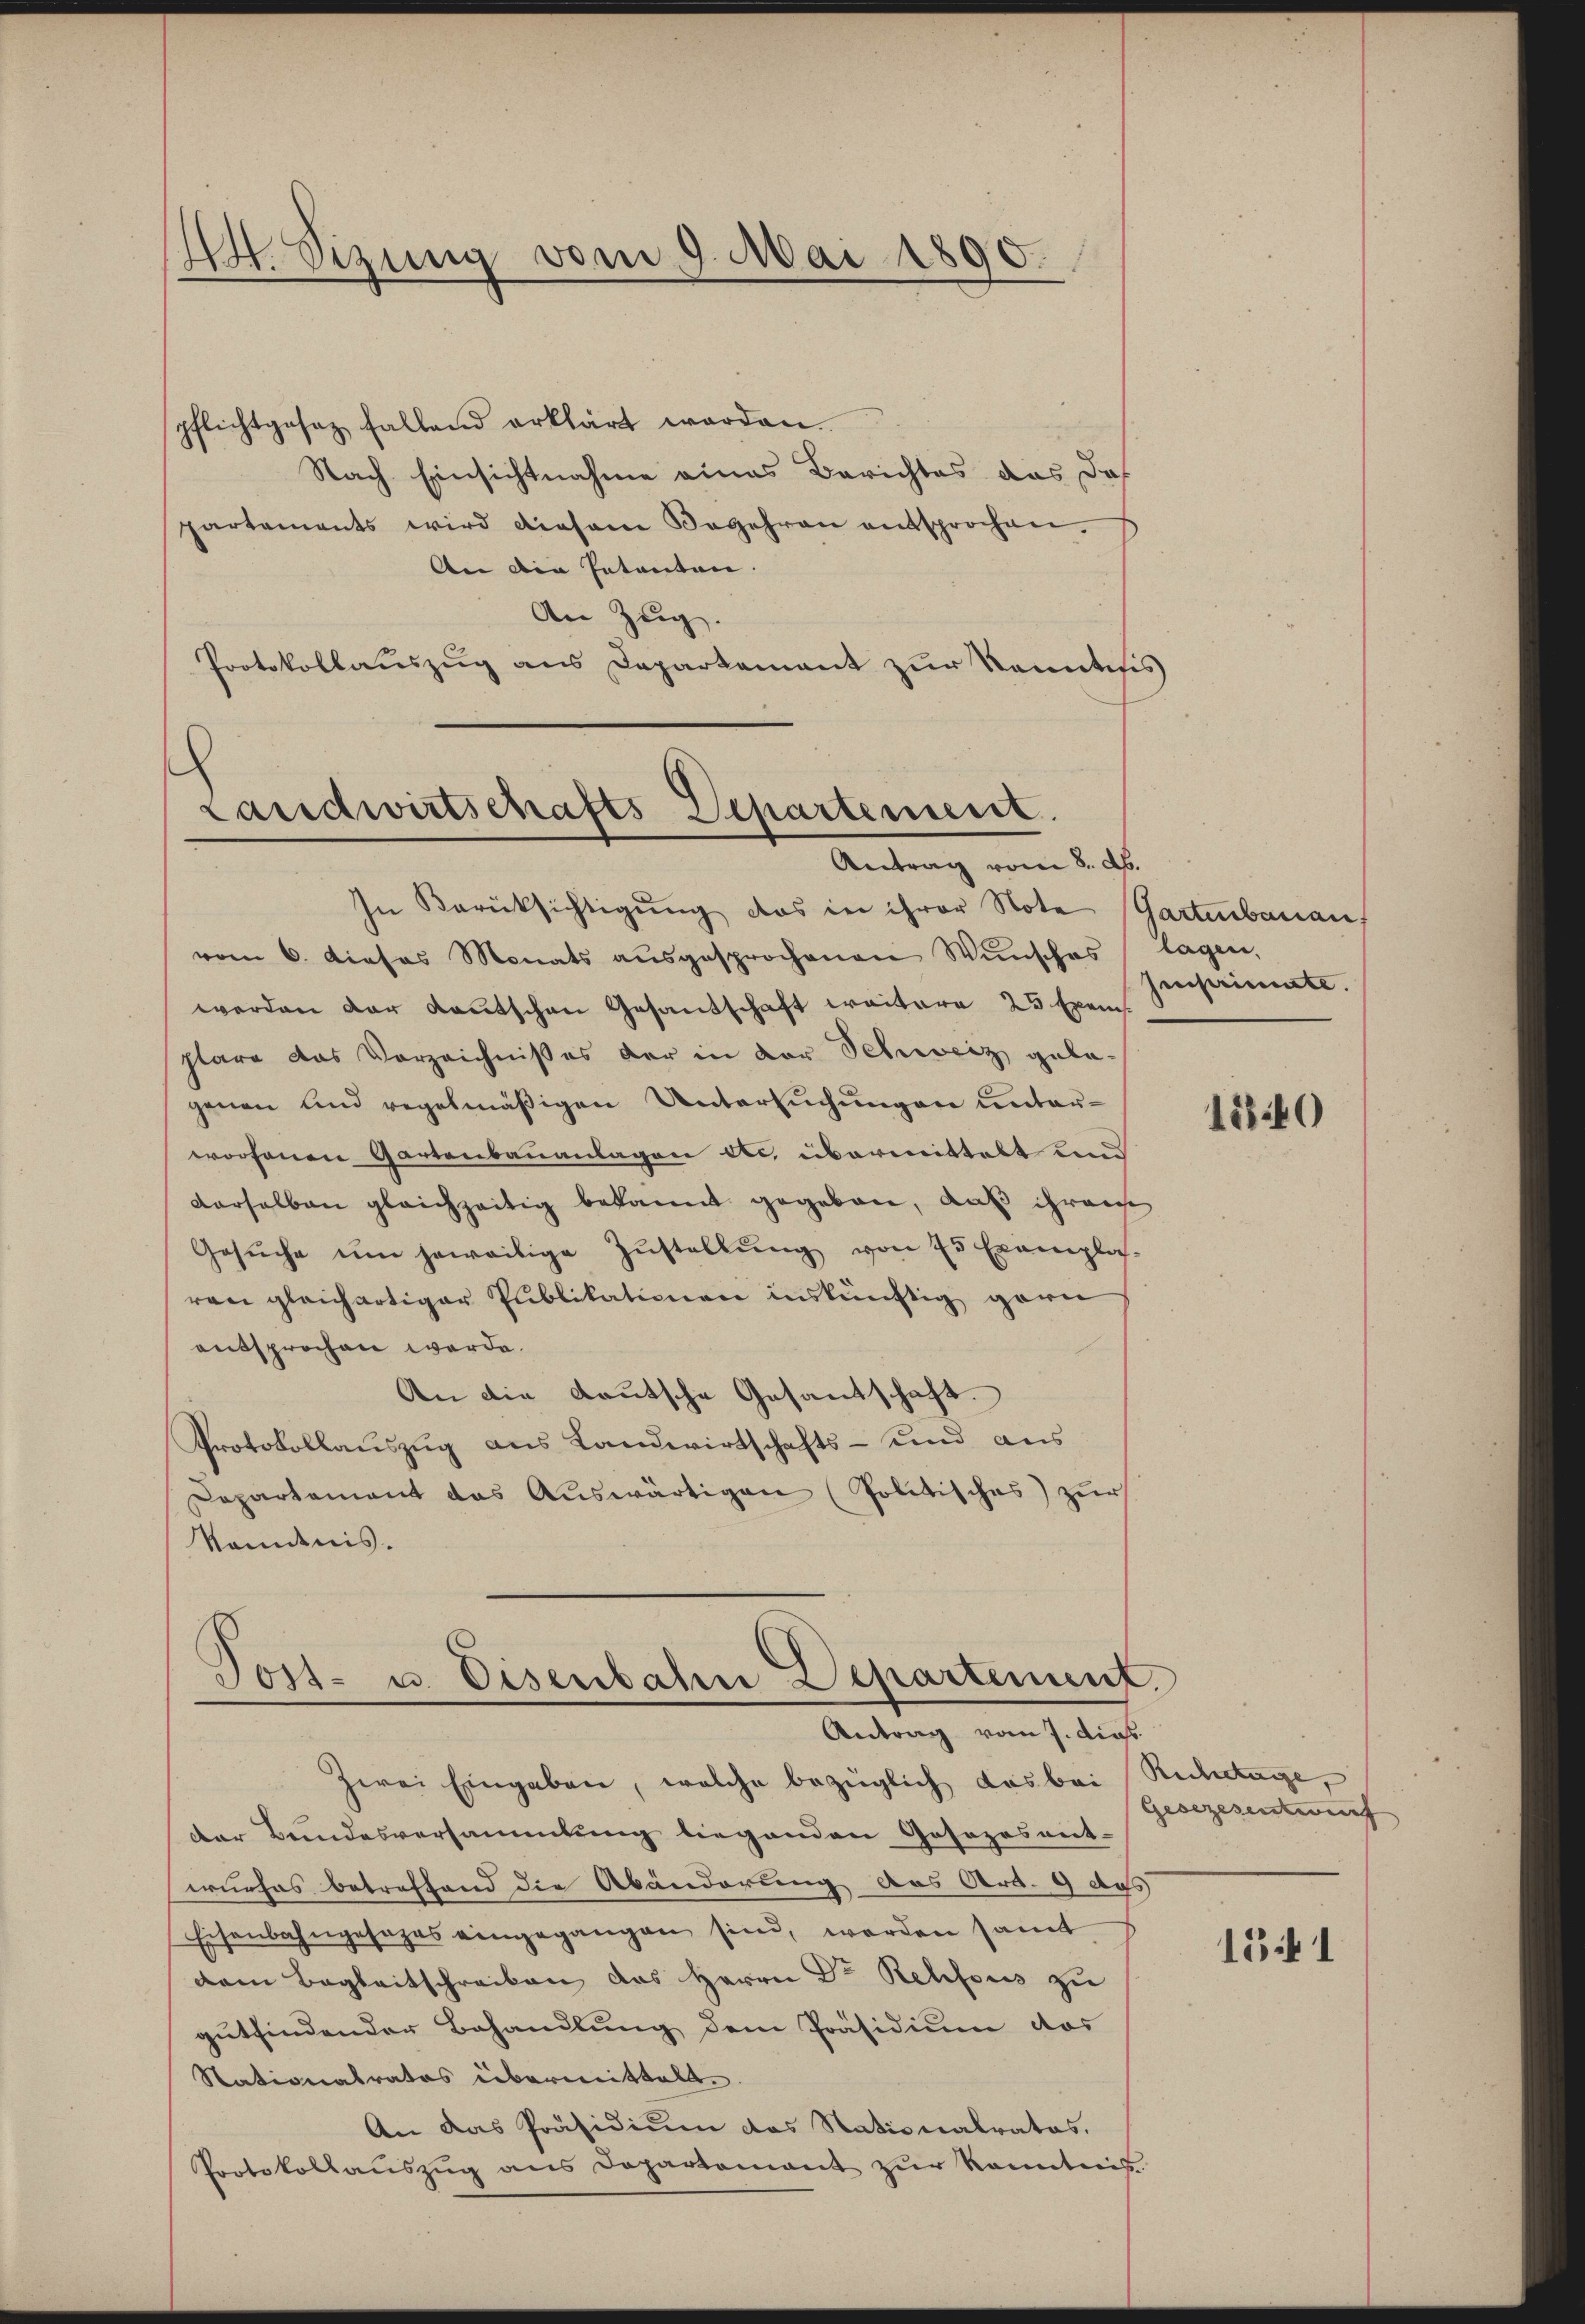
24. Sizung vom 8. Mai 1890.

pflichtgesez fallend erklärt worden.
Nach Einsichtnahme eines Berichtes, das das
partements wird diesem Begehren entsprochen.
An die Intenten. |
An Zug.
Protokollauszug aus Departement zur Kenntisis

Landwirtschafts-Departement.
Antrag vom 8. ab.

In Berücksichtigung das in ihrer Note Gartenbauau
vom 6. dieses Monats aŭsgesprochenen Wŭnsches lagen,
werden der Kautschen Gesandschaft weitere 25 Exem
plare das Vorzeichnißes der in der Schweiz gelegenen und regelmäßigen Untersuchungen unterworfenen Gartenbauanlagen etc. übermittelt und
derselben gleichzeitig bekannt gegeben, daß ihrens
Gesŭche um jeweilige Zustellung von 25 Exempla-
ren gleichartiger Publikationen inskünftig garn
entsprochen werde.
An die deutsche Gesantschaft.
Protokollauszug aus Landwirtschafts- und aus
Departement das Auswärtigen (Politisches) zur
kändnis.

Post- u. Eisenbahn Departement
Antrag vom 7. dies

Zwei Eingaben, welche bezüglich das bei Ruhetage,
der Bundesversammlung liegenden Gesezesent-
wurhes betreffend die Abänderung des Art. 9 das
Eisenbahngesezes eingegangen sind, werden samt
dem Begleitschreiben das Herrn Dr Rehfous zu
gutfindender Behandlung dem Präsidium das
Stationalrates übermittelt.
An das Präsidium das Nationalrates.
Protokollaŭszŭg ans Departement zŭr Kenntnis.

seprimite.

1840

Gesezesentwurf

1541